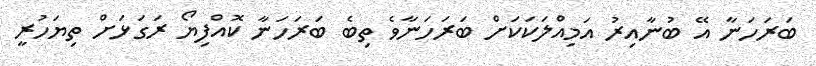
ބަރަހަނާ އޭ ބުނާއިރު އަމިއްލަކަކަށް ބަރަހަނާވެ ތިބެ ބަރަހަނާ ކޮއްފިޔޯ ރަގަޅަށް ތިޔަހުރީ